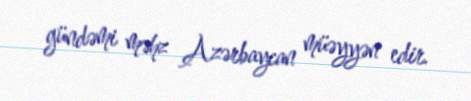
gündəmi məhz Azərbaycan müəyyən edir.